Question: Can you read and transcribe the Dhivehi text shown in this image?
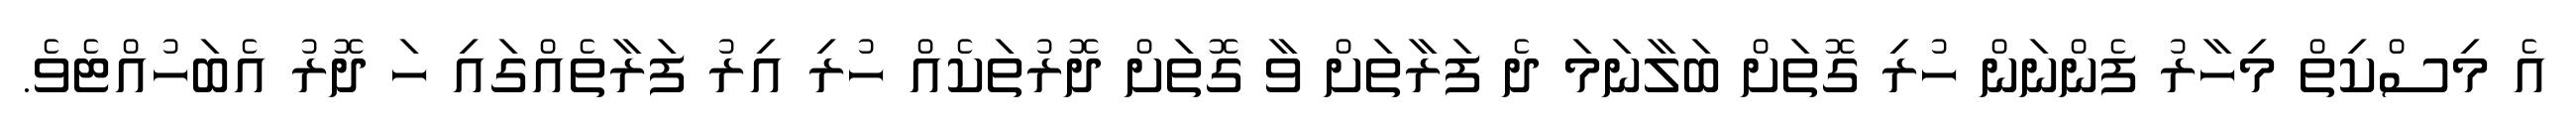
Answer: އެ މިސްކިތް މިހާރު ފެންނަން ހުރި ގޮތަށް ބަލާނަމަ ދެ ފަރާތަށް ވާ ގޮތަށް ދޮރުތަކެއް ހުރި އިރު ފަރާތެއްގައި ހަ ދޮރު އެބަހުއްޓެވެ.